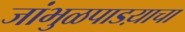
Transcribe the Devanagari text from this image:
जांभुळपाडय़ाचा